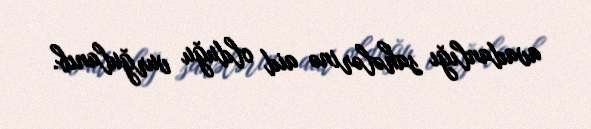
avadanlığı sahələrinə aid olduğu vurğulanıb.